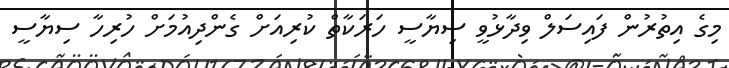
މިގެ އިތުރުން ފައިސަލް ވިދާޅުވީ ސިޔާސީ ހަރަކާތް ކުރިއަށް ގެންދިއުމަށް ހުރިހާ ސިޔާސީ